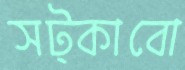
সট্‌কাবো